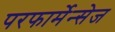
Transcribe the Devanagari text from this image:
परफार्मेन्सेज